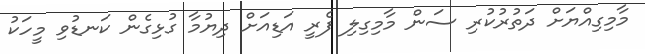
މާމިގިއްޔަށް ދަތުރުކުރި ސަން މާމިގިލި ފެރީ އަޑިއަށް ދިޔުމާ ގުޅިގެން ކަނޑުވި މީހަކު